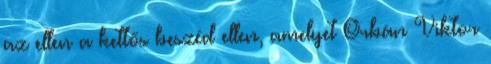
az ellen a kettős beszéd ellen, amelyet Orbán Viktor